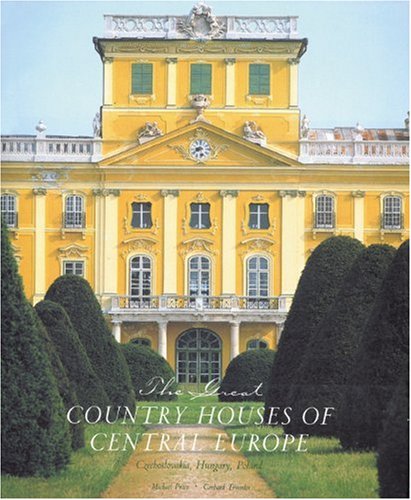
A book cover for The Great Country Houses of Europe: The Czech Republic, Slovakia, Hungary, Poland; Gerhard Trumler; Travel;